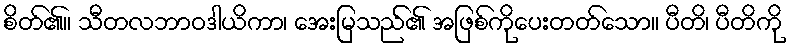
စိတ်၏။ သီတလဘာဝဒါယိကာ၊ အေးမြသည်၏ အဖြစ်ကိုပေးတတ်သော။ ပီတိ၊ ပီတိကို